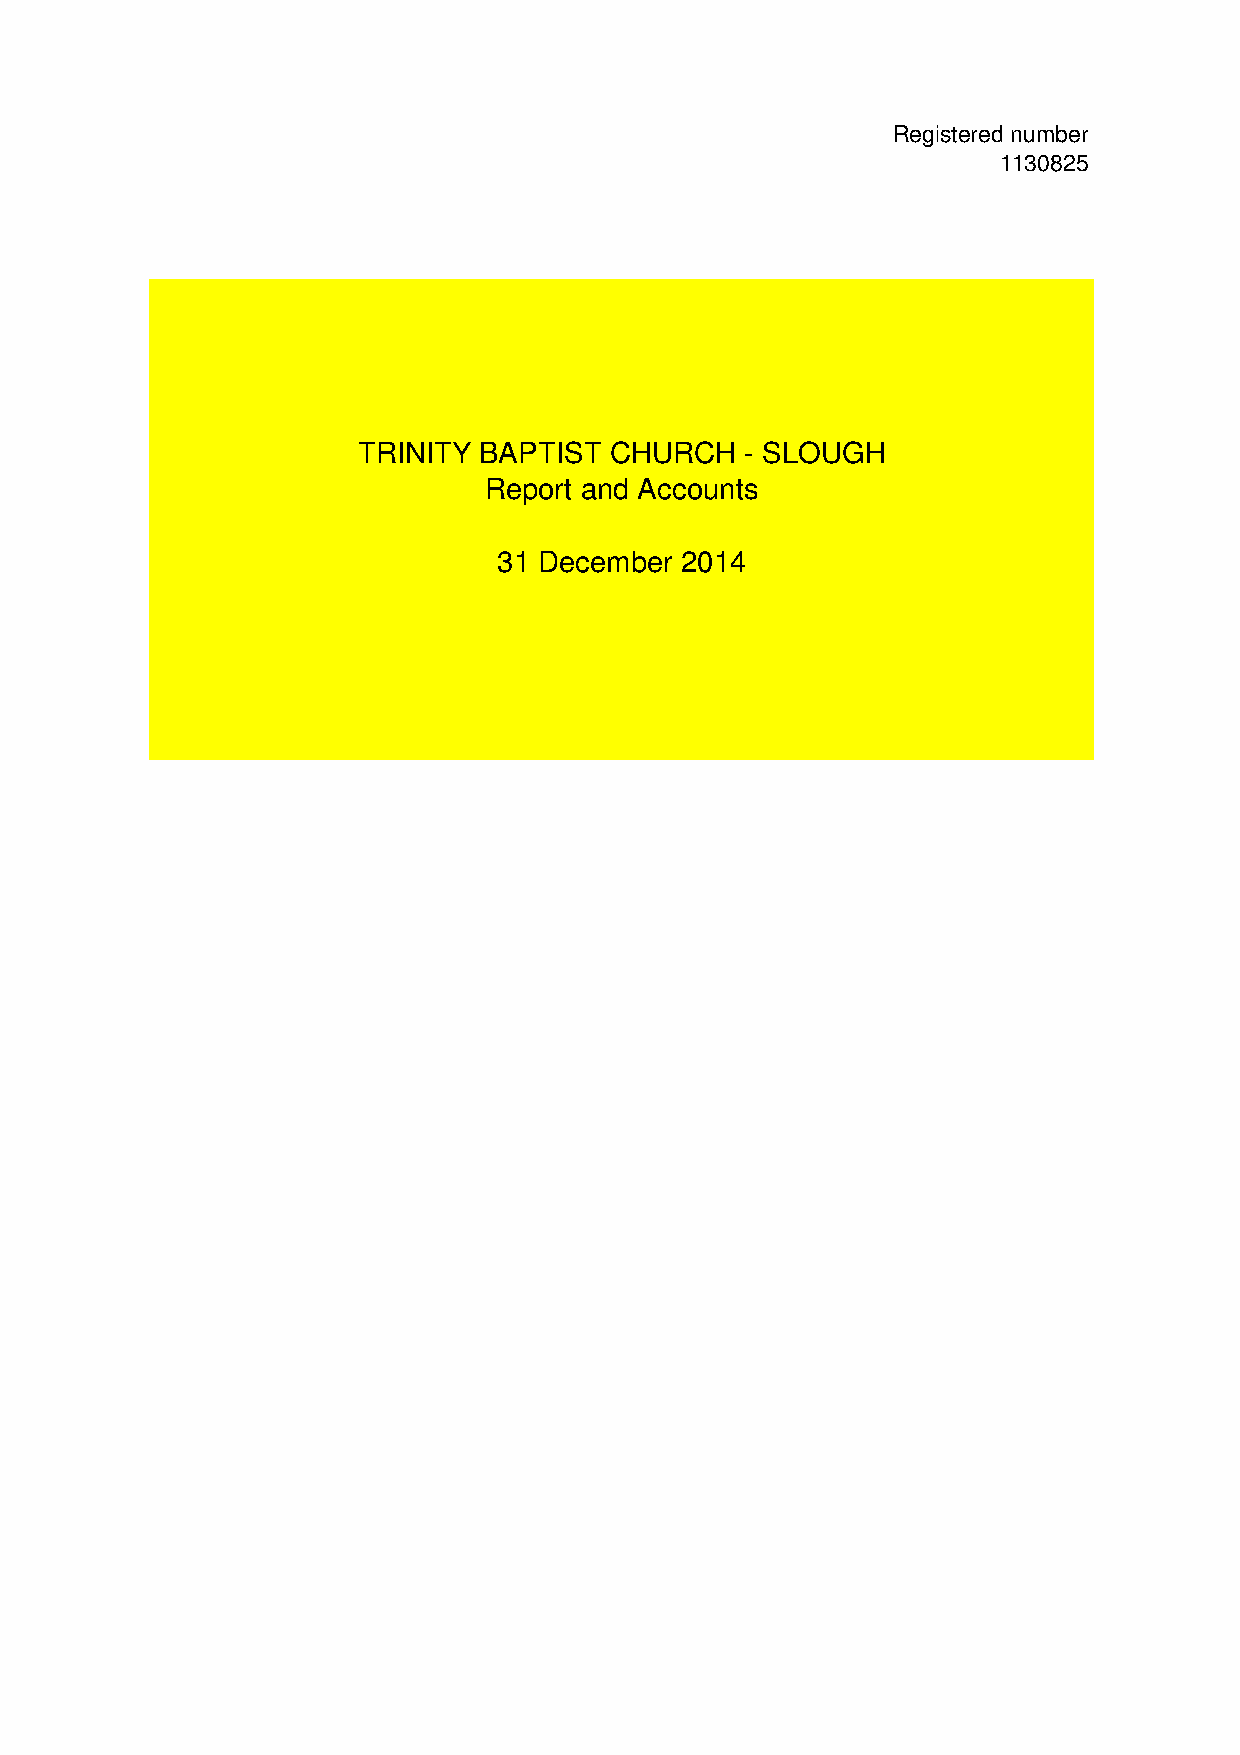
Registered number
 1130825
 TRINITY BAPTIST CHURCH   - SLOUGH
 Report and Accounts
 31 December 2014